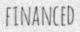
FINANCED